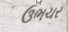
ઉભચર